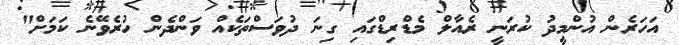
އަހަރެން އުންމީދު ކުރަނީ ރެއާލް މެޑްރިޑްގައި ގިނަ ދުވަސްތަކެއް ވަންދެން ހުރެވޭނެ ކަމަށް"